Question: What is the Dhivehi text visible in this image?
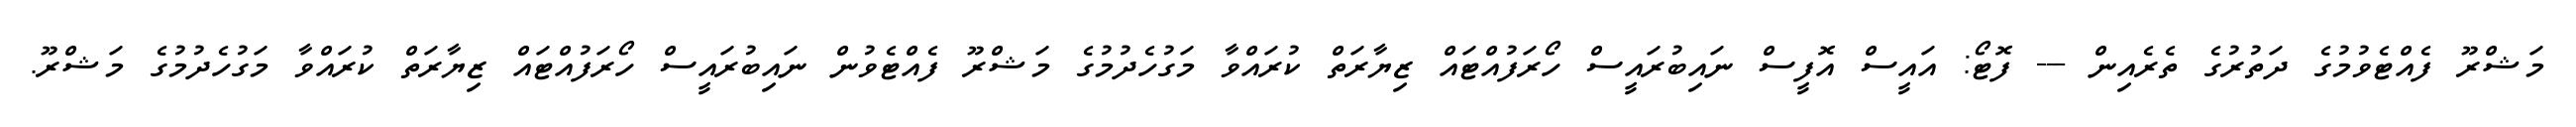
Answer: މަޝްރޫ ފެއްޓެވުމުގެ ދަތުރުގެ ތެރެއިން --- ފޮޓޯ: އައީސް އޮފީސް ނައިބުރައީސް ހޯރަފުއްޓައް ޒިޔާރަތް ކުރައްވާ މަގުހެދުމުގެ މަޝްރޫ ފެއްޓެވުން ނައިބުރައީސް ހޯރަފުއްޓައް ޒިޔާރަތް ކުރައްވާ މަގުހެދުމުގެ މަޝްރޫ.